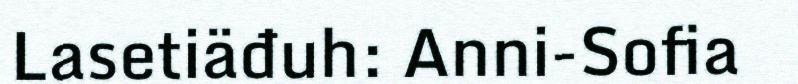
Lasetiäđuh: Anni-Sofia